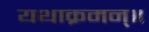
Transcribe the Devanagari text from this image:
यथाक्रमन्॥